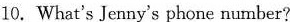
10. What's Jenny's phone number?